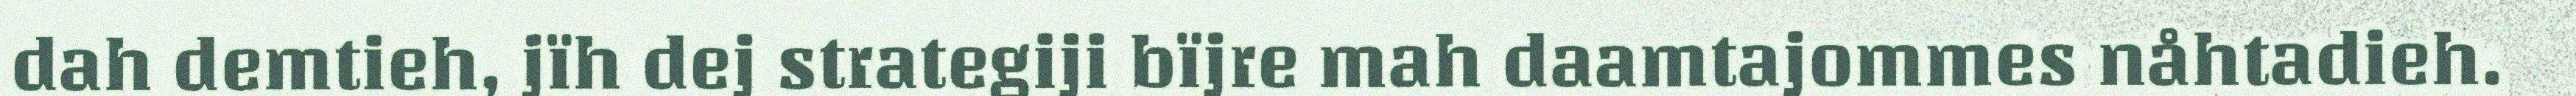
dah demtieh, jïh dej strategiji bïjre mah daamtajommes nåhtadieh.